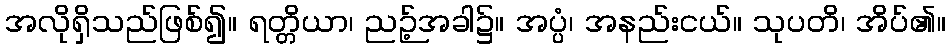
အလိုရှိသည်ဖြစ်၍။ ရတ္တိယာ၊ ညဉ့်အခါ၌။ အပ္ပံ၊ အနည်းငယ်။ သုပတိ၊ အိပ်၏။